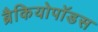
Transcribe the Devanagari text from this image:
ब्रैकियोपॉडस